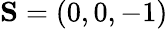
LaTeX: {\mathbf S}=(0,0,-1)